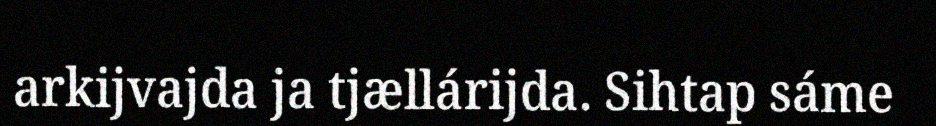
arkijvajda ja tjællárijda. Sihtap sáme